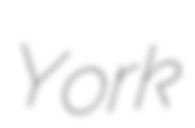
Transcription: York